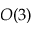
O ( 3 )